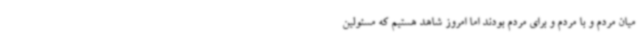
میان مردم و با مردم و برای مردم بودند اما امروز شاهد هستیم که مسئولین